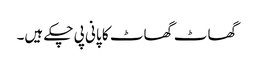
گھاٹ گھاٹ کا پانی پی چکے ہیں۔